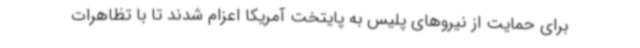
برای حمایت از نیروهای پلیس به پایتخت آمریکا اعزام شدند تا با تظاهرات